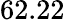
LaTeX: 62.22